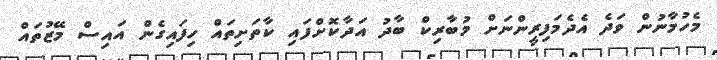
މެހުމާނުން ވަދެ އެދެމަފިރީންނަށް މުބާރިކް ބާދު އަދާކޮށްފައި ކާތަށިތައް ހިފައިގެން އައިސް މޭޒުތައް